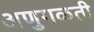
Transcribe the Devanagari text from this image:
अणुगळती